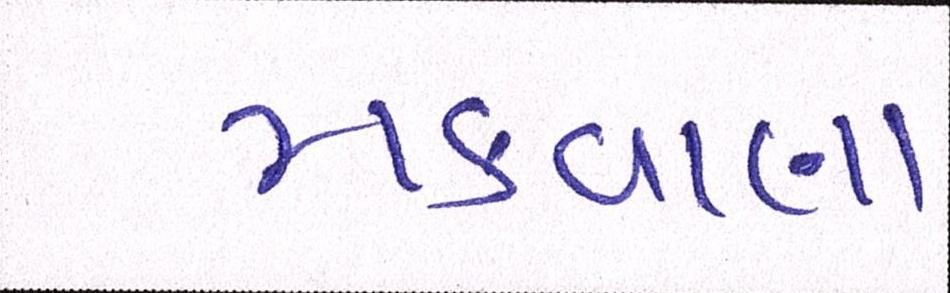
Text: મકવાણા